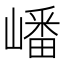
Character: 嶓